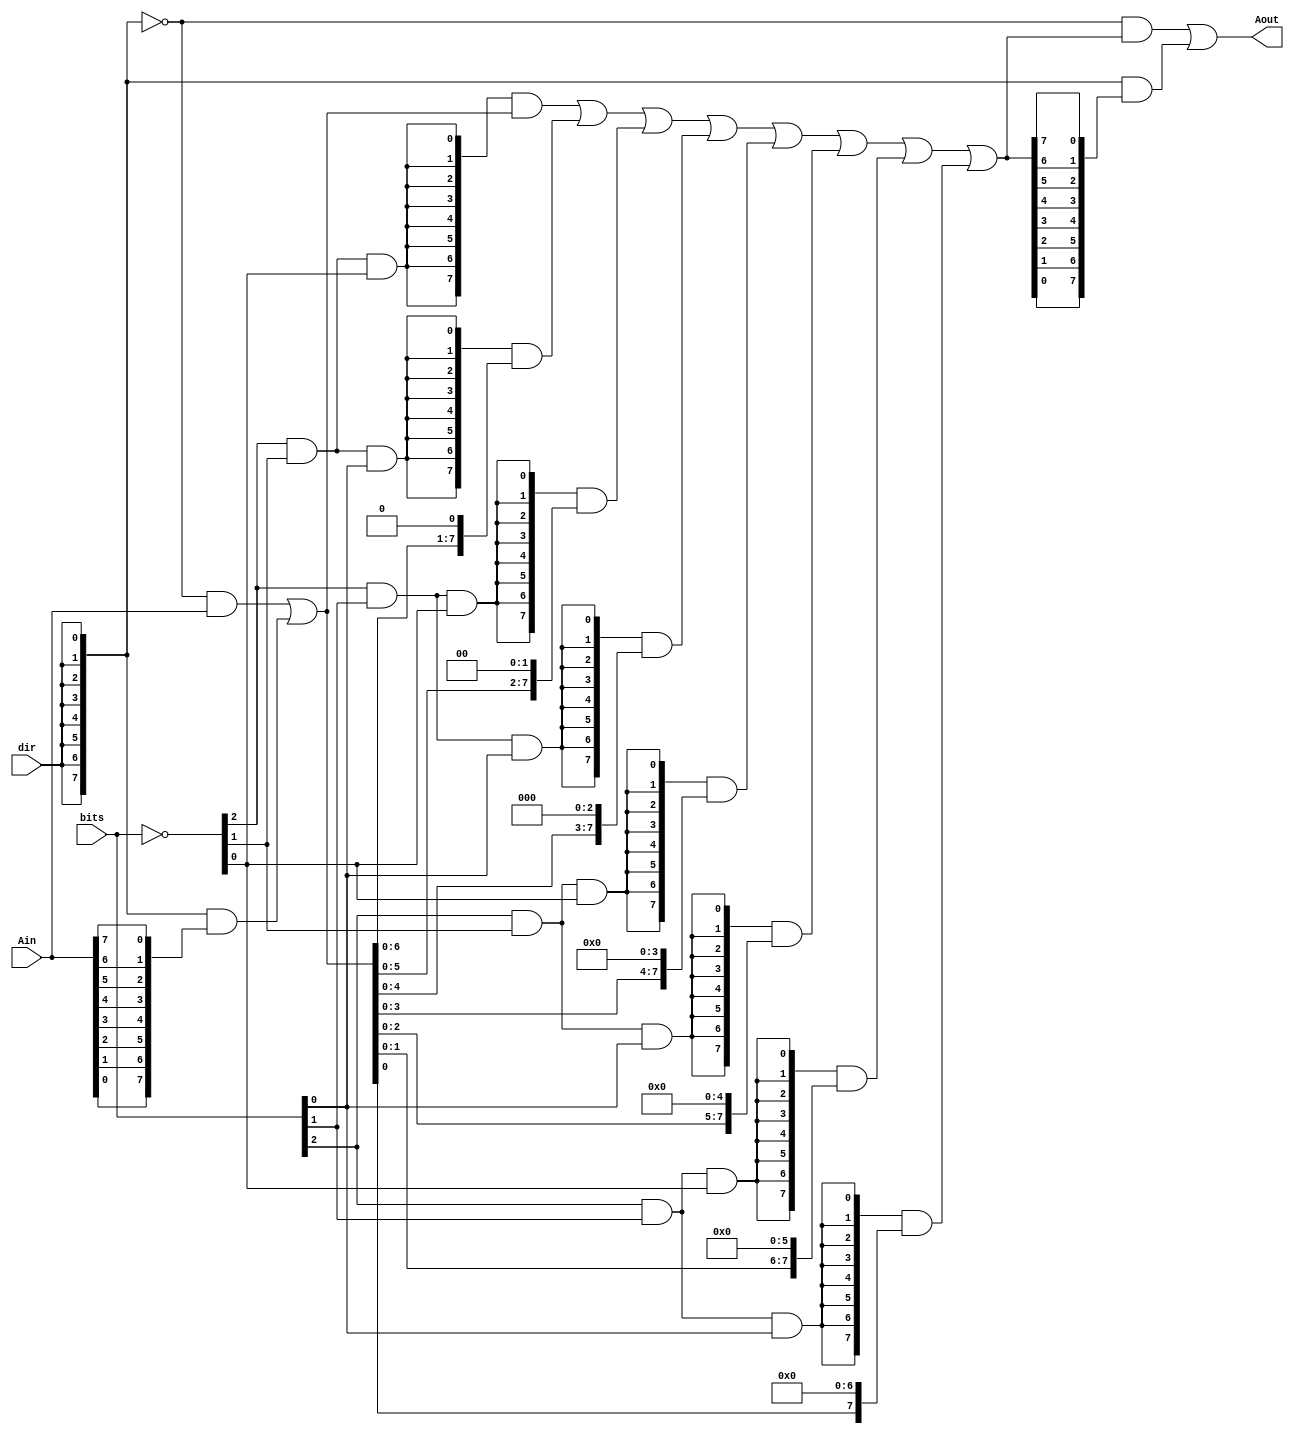
`ifndef SHIFT
`define SHIFT

module shift(
		input[7:0] Ain,
		input[2:0] bits,
		input dir,
		output[7:0] Aout
	);

	wire[2:0] nbits = ~bits;

	wire[7:0] sh0 = {8{nbits[2] & nbits[1] & nbits[0]}};
	wire[7:0] sh1 = {8{nbits[2] & nbits[1] & bits[0]}};
	wire[7:0] sh2 = {8{nbits[2] & bits[1] & nbits[0]}};
	wire[7:0] sh3 = {8{nbits[2] & bits[1] & bits[0]}};
	wire[7:0] sh4 = {8{bits[2] & nbits[1] & nbits[0]}};
	wire[7:0] sh5 = {8{bits[2] & nbits[1] & bits[0]}};
	wire[7:0] sh6 = {8{bits[2] & bits[1] & nbits[0]}};
	wire[7:0] sh7 = {8{bits[2] & bits[1] & bits[0]}};

	// flip input (and later output) depending on shift direction
	wire[7:0] dir_ext = {8{dir}};
	wire[7:0] inter_in = (~dir_ext & Ain) | (dir_ext & {Ain[0],
	                                                    Ain[1],
	                                                    Ain[2],
	            /* there is, unfortunately, */          Ain[3],
	            /* no short way to do this; */          Ain[4],
	            /* easy in hardware, though */          Ain[5],
	                                                    Ain[6],
	                                                    Ain[7]});

	wire[7:0] inter_out = (sh0 & inter_in) |
		(sh1 & {inter_in[6:0], 1'b0}) |
		(sh2 & {inter_in[5:0], 2'b0}) |
		(sh3 & {inter_in[4:0], 3'b0}) |
		(sh4 & {inter_in[3:0], 4'b0}) |
		(sh5 & {inter_in[2:0], 5'b0}) |
		(sh6 & {inter_in[1:0], 6'b0}) |
		(sh7 & {inter_in[0], 7'b0});

	assign Aout = (~dir_ext & inter_out) | (dir_ext & {inter_out[0],
	                                                   inter_out[1],
	                                                   inter_out[2],
	                                                   inter_out[3],
	                                                   inter_out[4],
	                                                   inter_out[5],
	                                                   inter_out[6],
	                                                   inter_out[7]});
endmodule

`endif

/*
 * Copyright (C) 2022, C. R. Van West
 *
 * This program is free software: you can redistribute it and/or modify
 * it under the terms of the GNU General Public License as published by
 * the Free Software Foundation, either version 3 of the License, or
 * (at your option) any later version.
 *
 * This program is distributed in the hope that it will be useful,
 * but WITHOUT ANY WARRANTY; without even the implied warranty of
 * MERCHANTABILITY or FITNESS FOR A PARTICULAR PURPOSE.  See the
 * GNU General Public License for more details.
 *
 * You should have received a copy of the GNU General Public License
 * along with this program.  If not, see <https://www.gnu.org/licenses/>.
 */